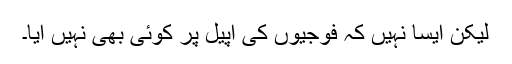
لیکن ایسا نہیں کہ فوجیوں کی اپیل پر کوئی بھی نہیں آیا۔